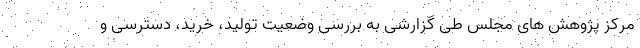
مرکز پژوهش های مجلس طی گزارشی به بررسی وضعیت تولید، خرید، دسترسی و